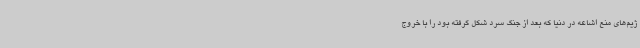
ژیم‌های منع اشاعه در دنیا که بعد از جنگ سرد شکل گرفته بود را با خروج